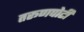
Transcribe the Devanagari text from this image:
तरूणपोटी